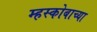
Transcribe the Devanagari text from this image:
म्हस्कोबाच्या